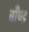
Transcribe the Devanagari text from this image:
बाँण्ड